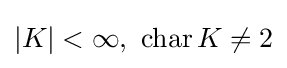
|K|<\infty ,\ \operatorname {char} K\neq 2